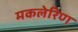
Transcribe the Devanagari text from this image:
मकलेरिण